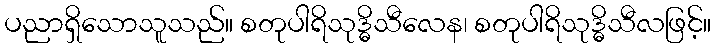
ပညာရှိသောသူသည်။ စတုပါရိသုဒ္ဓိသီလေန၊ စတုပါရိသုဒ္ဓိသီလဖြင့်။